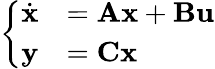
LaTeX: \left\{ \begin{array}{ll}{{\dot{\mathbf{x}}}}&{=\mathbf{A}\mathbf{x}+\mathbf{B}\mathbf{u}}\\ {\mathbf{y}}&{=\mathbf{C}\mathbf{x}}\end{array}\right.